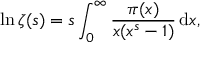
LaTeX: \ln \zeta ( s ) = s \int _ { 0 } ^ { \infty } { \frac { \pi ( x ) } { x ( x ^ { s } - 1 ) } } \, \mathrm { d } x ,